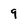
Character: 9